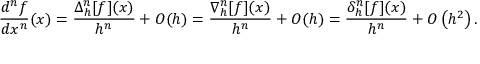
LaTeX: { \frac { d ^ { n } f } { d x ^ { n } } } ( x ) = { \frac { \Delta _ { h } ^ { n } [ f ] ( x ) } { h ^ { n } } } + O ( h ) = { \frac { \nabla _ { h } ^ { n } [ f ] ( x ) } { h ^ { n } } } + O ( h ) = { \frac { \delta _ { h } ^ { n } [ f ] ( x ) } { h ^ { n } } } + O \left( h ^ { 2 } \right) .